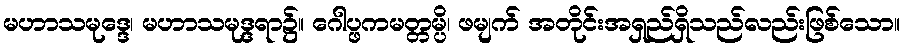
မဟာသမုဒ္ဒေ၊ မဟာသမုဒ္ဒရာ၌။ ဂေါပ္ဖကမတ္တမ္ပိ၊ ဖမျက် အတိုင်းအရှည်ရှိသည်လည်းဖြစ်သော။